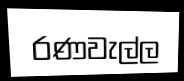
රණවැල්ල